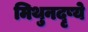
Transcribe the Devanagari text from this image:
मिथुनदृष्ये